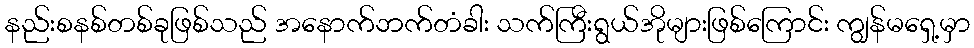
နည်းစနစ်တစ်ခုဖြစ်သည် အနောက်ဘက်တံခါး သက်ကြီးရွယ်အိုများဖြစ်ကြောင်း ကျွန်မရှေ့မှာ